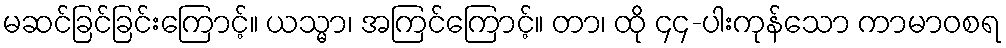
မဆင်ခြင်ခြင်းကြောင့်။ ယသ္မာ၊ အကြင်ကြောင့်။ တာ၊ ထို ၄၄-ပါးကုန်သော ကာမာဝစရ